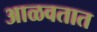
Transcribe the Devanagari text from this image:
आळवतात